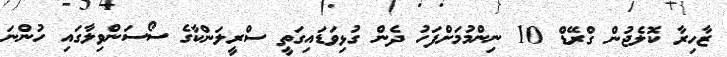
ޒާހިރާ ކޮލެޖުން ގްރޭޑް 10 ނިންމުމަށްފަހު ދެން ގުޅިވަޑައިގަތީ ސްރީލަންކާގެ ސޯސަންވިލާގައި ހުންނަ